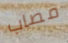
مصاب